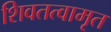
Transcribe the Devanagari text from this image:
शिवतत्वामृत